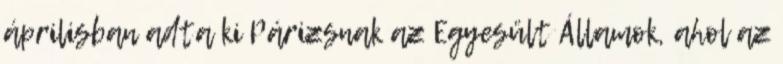
áprilisban adta ki Párizsnak az Egyesült Államok, ahol az